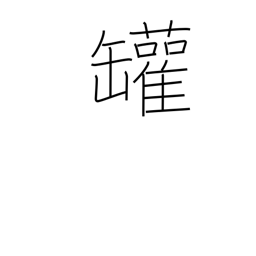
Meaning: steam boiler (left side only)